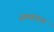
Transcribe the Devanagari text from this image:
जमवतात